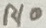
Text: R10